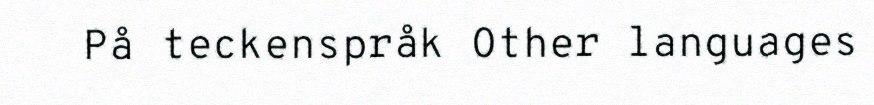
På teckenspråk Other languages